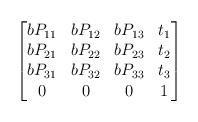
LaTeX: \begin{align*} \begin{bmatrix} b P_{11} & b P_{12} & b P_{13} & t_{1} \\ b P_{21} & b P_{22} & b P_{23} & t_{2}\\b P_{31} & b P_{32} & b P_{33} & t_{3} \\0 & 0 & 0 & 1 \end{bmatrix}\end{align*}